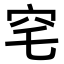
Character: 𮃸